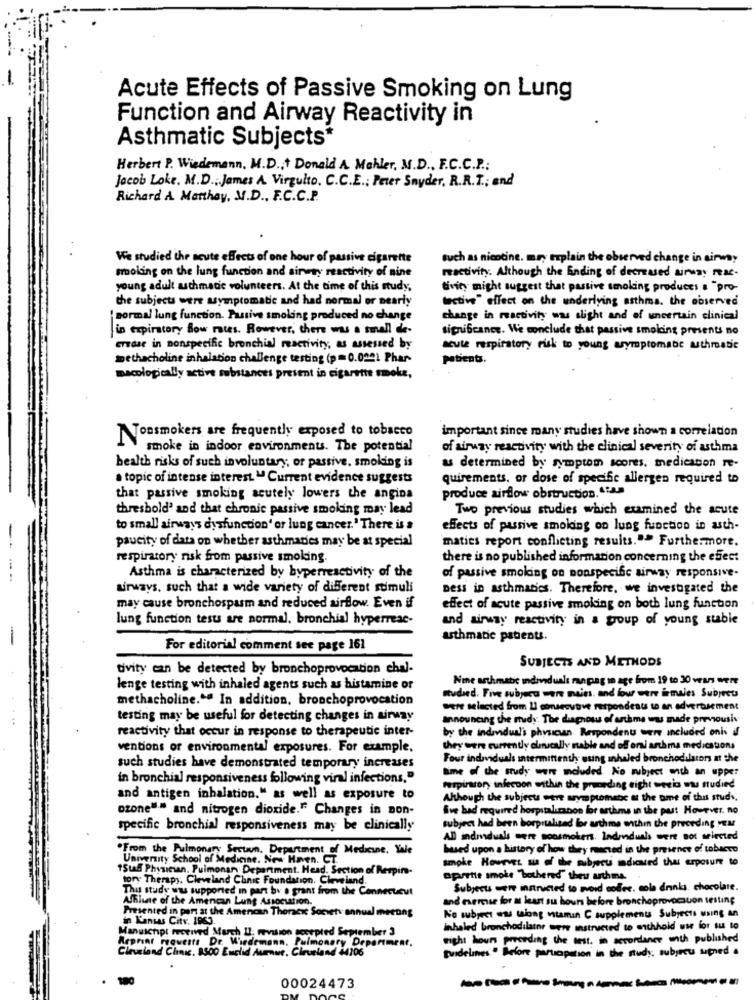
Acute Effects of Passive Smoking on Lung
Function and Airway Reactivity in
Asthmatic Subjects*
Herbert P. Wiedemann, M.D ., + Donald A Mahler, M.D ., F.C.C.P .;
Jacob Loke. M.D .: James A Virgulto. C.C.E .; Peter Snyder, R.R.T .; end
Richard A. Merthay, M.D ., F.C.C.P.
We studied the acute effects of one hour of passive cigarette
such as nicotine. muy explain the observed change in airway
smoking on the lung function and airway reactivity of nine
reactivity. Although the Ending of decreased airway reac.
young adult asthmatic volunteers. At the time of this study,
tivity might suggest that passive smoking produces a "pro-
the subjects were asymptomatic and had normal or nearly
tective" effect on the underlying asthma. the observed
' normal lung function. Passive smoking produced no change
change in reactivity was slight and of uncertain clinical
in expirstory Bow rates. However, there was a small de-
significance. We conclude that passive smoking presents no
crease in nonspecific bronchial reactivity, as assessed by
acute respiratory risk to young wymptomane athroatie
methacholine inhalation challenge testing (p=0.0221 Phar-
patients.
macologically active substances present in cigarette smoke,
important since many studies have shown a correlation
Nonsmokers are frequently exposed to tobacco
smoke in indoor environments. The potential
of airway reactivity with the clinical severity of asthma
health risks of such involuntary, or passive, smoking is
as determined by symptom scores, medication re-
. topic of intense interest " Current evidence suggests
quirements, or dose of specific allergen required to
produce airflow obstruction. 1 .. Ja
that passive smoking acutely lowers the angina
threshold' and that chronic passive smoking may lead
Two previous studies which examined the acute
to small airways dysfunction' or lung cancer.' There is a
effects of passive smoking on lung function in asth-
matics report conflicting results."> Furthermore.
--
paucity of data on whether asthmadies may be at special
respiratory risk from passive smoking
there is no published information concerning the effect
Asthma is characterized by byperreactivity of the
of passive smoking on monspecific airway responsive.
airways, such that a wide variety of different stimuli
Dess in asthmatics. Therefore, we investigated the
may cause bronchospasm and reduced airflow. Even if
effect of acute passive smoking on both lung function
lung function tests are normal, bronchial hyperreac-
and airway reactivity in a group of young stable
-
asthmatic patients.
For editorial comment see page 161
SUBJECTS AND METHODS
tivity can be detected by bronchoprovocation chal-
Nie asthmatic individuals manpag in age from 19 to 30 Years Were
lenge testing with inhaled agents such as histamine or
methacholine."ª In addition, bronchoprovocation
studied. Five subject were meins. and four were inmales Subject
were selected from 2 consecutive respondents to an advertisement
testing may be useful for detecting changes in airway
announcing the rudy: The diagnosis of asthma wu made previousiv
reactivity that occur in response to therapeutic inter-
by the individual's phyucun. Respondent were included onh if
ventions of environmental exposures. For example.
they were currently clinically nable and off ori asthma medications
Four individuals intermittenth using inhaled bronchodilators at the
such studies have demonstrated temporary increases
time of the study were included. No subject with an upper
in bronchial responsiveness following viral infections."
respiratory infecoon within the preceding eight wecia was studied
and antigen inhalation." as well as exposure to
Although the subjects were symptomabc at the ame of this studs,
ozone"" and nitrogen dioxide." Changes in non-
Sve had required hospitalunbon for arthms in the past However, no
specific bronchial responsiveness may be clinically
subject had been borprilisad for asthme within the preceding va
AD andnaduals were soosmokers. Indenduals were not selected
.From the Pulmonary Section. Department of Medicine, Sale
based upon a history of how they marted in the presence of tobacco
University School of Medicine. New Haven, CT.
sample Hourver as of the subject adicted the exposure to
"Suas Physician. Pulmonar Department Head. Section of Respiro-
tony Therapy. Cleveland Clinic Foundation. Cleveland,
oprette smoke "bothered" they uthme
This study was supported in part by a grant from the Connecticut
Subjects were instructed to avoid codec. cola drinks, chocolate.
Affilate of the Amencan Lung Association.
and exercise for at least su hours before bronchoprovocsuon testing
Presented in port at the American Thoracic Sonety annual meeting
in Kansas City. 1959.
No subject en tiong niamin C supplements Subjects using an
Manuichpt received March 11: revision secepted September 3
inhaled bronchodilator ente instructed to enthhoid use for su to
Reprint requests Dr. Wiedemann.
. Palme
Fight hours prvording the test. in accordance anth published
Cleveland Clinic. 9500 Euclid Aumur, Cleveland 44206
monary Department.
guidelines " Before participation in the study. subjects supned a
00024473